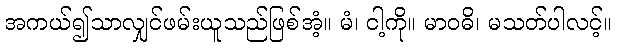
အကယ်၍သာလျှင်ဖမ်းယူသည်ဖြစ်အံ့။ မံ၊ ငါ့ကို။ မာဝဓိ၊ မသတ်ပါလင့်။